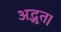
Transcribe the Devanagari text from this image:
अद्भुत।